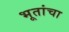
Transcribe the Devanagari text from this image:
भूतांचा